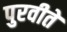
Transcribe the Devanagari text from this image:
पुरवीते